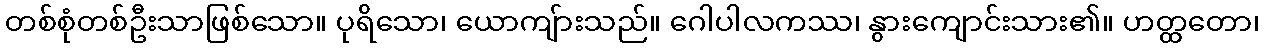
တစ်စုံတစ်ဦးသာဖြစ်သော။ ပုရိသော၊ ယောကျ်ားသည်။ ဂေါပါလကဿ၊ နွားကျောင်းသား၏။ ဟတ္ထတော၊